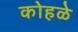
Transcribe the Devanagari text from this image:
कोहळे